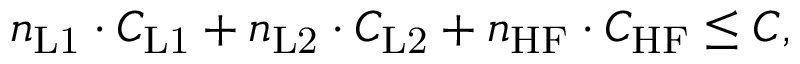
n _ { \mathrm { L 1 } } \cdot C _ { \mathrm { L 1 } } + n _ { \mathrm { L 2 } } \cdot C _ { \mathrm { L 2 } } + n _ { \mathrm { H F } } \cdot C _ { \mathrm { H F } } \leq C ,